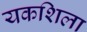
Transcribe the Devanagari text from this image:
यकशिला